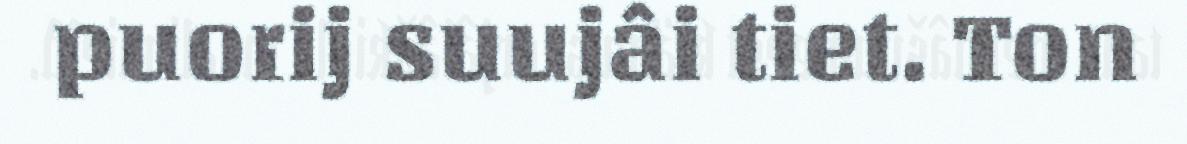
puorij suujâi tiet. Ton